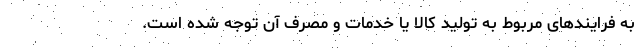
به فرایندهای مربوط به تولید کالا یا خدمات و مصرف آن توجه شده است.